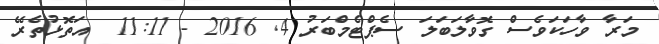
މަރާ ވާހަކަވެސް ގޮވާލަބަލަ ސެޕްޓެމްބަރު 4